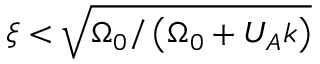
\xi < \sqrt { \Omega _ { 0 } / \left( \Omega _ { 0 } + U _ { A } k \right) }